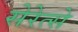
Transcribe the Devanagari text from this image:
सेरेत्से